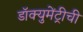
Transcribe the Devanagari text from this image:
डॉक्युमेंट्रीची